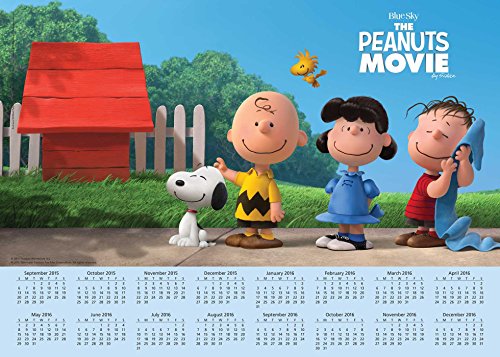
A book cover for Peanuts Movie 2015-2016 16-Month Calendar Poster: September 2015 through December 2016; Peanuts Worldwide LLC; Calendars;